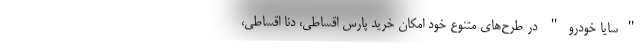
"سایا خودرو" در طرح­های متنوع خود امکان خرید پارس اقساطی، دنا اقساطی،